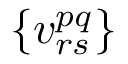
\{ v _ { r s } ^ { p q } \}